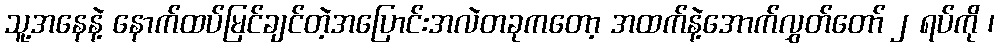
သူ့အနေနဲ့ နောက်ထပ်မြင်ချင်တဲ့အပြောင်းအလဲတခုကတော့ အထက်နဲ့အောက်လွှတ်တော် ၂ ရပ်ကို ၊